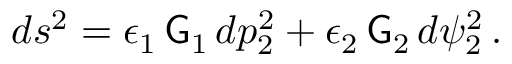
d s ^ { 2 } = \epsilon _ { 1 } \, \mathsf { G } _ { 1 } \, d p _ { 2 } ^ { 2 } + \epsilon _ { 2 } \, \mathsf { G } _ { 2 } \, d \psi _ { 2 } ^ { 2 } \, .